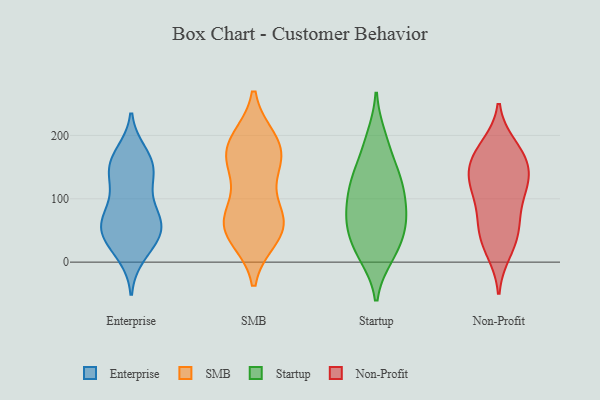
{"axis": {"x": "Gross Profit (USD K)", "y": "Value"}, "legend": ["Enterprise", "Non-Profit", "SMB", "Startup"], "data": [{"x": "", "y": 146, "type": "Enterprise"}, {"x": "", "y": 76, "type": "Enterprise"}, {"x": "", "y": 23, "type": "Enterprise"}, {"x": "", "y": 42, "type": "Enterprise"}, {"x": "", "y": 67, "type": "Enterprise"}, {"x": "", "y": 171, "type": "Enterprise"}, {"x": "", "y": 44, "type": "Enterprise"}, {"x": "", "y": 151, "type": "Enterprise"}, {"x": "", "y": 64, "type": "Enterprise"}, {"x": "", "y": 54, "type": "Enterprise"}, {"x": "", "y": 124, "type": "Enterprise"}, {"x": "", "y": 12, "type": "Enterprise"}, {"x": "", "y": 47, "type": "Enterprise"}, {"x": "", "y": 154, "type": "Enterprise"}, {"x": "", "y": 77, "type": "Enterprise"}, {"x": "", "y": 119, "type": "Enterprise"}, {"x": "", "y": 163, "type": "Enterprise"}, {"x": "", "y": 57, "type": "SMB"}, {"x": "", "y": 170, "type": "SMB"}, {"x": "", "y": 48, "type": "SMB"}, {"x": "", "y": 191, "type": "SMB"}, {"x": "", "y": 187, "type": "SMB"}, {"x": "", "y": 41, "type": "SMB"}, {"x": "", "y": 65, "type": "SMB"}, {"x": "", "y": 138, "type": "SMB"}, {"x": "", "y": 156, "type": "SMB"}, {"x": "", "y": 180, "type": "SMB"}, {"x": "", "y": 72, "type": "SMB"}, {"x": "", "y": 66, "type": "SMB"}, {"x": "", "y": 65, "type": "Startup"}, {"x": "", "y": 141, "type": "Startup"}, {"x": "", "y": 85, "type": "Startup"}, {"x": "", "y": 11, "type": "Startup"}, {"x": "", "y": 23, "type": "Startup"}, {"x": "", "y": 10, "type": "Startup"}, {"x": "", "y": 75, "type": "Startup"}, {"x": "", "y": 138, "type": "Startup"}, {"x": "", "y": 197, "type": "Startup"}, {"x": "", "y": 124, "type": "Startup"}, {"x": "", "y": 61, "type": "Startup"}, {"x": "", "y": 37, "type": "Startup"}, {"x": "", "y": 110, "type": "Startup"}, {"x": "", "y": 185, "type": "Startup"}, {"x": "", "y": 124, "type": "Startup"}, {"x": "", "y": 68, "type": "Startup"}, {"x": "", "y": 129, "type": "Non-Profit"}, {"x": "", "y": 159, "type": "Non-Profit"}, {"x": "", "y": 157, "type": "Non-Profit"}, {"x": "", "y": 184, "type": "Non-Profit"}, {"x": "", "y": 110, "type": "Non-Profit"}, {"x": "", "y": 183, "type": "Non-Profit"}, {"x": "", "y": 44, "type": "Non-Profit"}, {"x": "", "y": 129, "type": "Non-Profit"}, {"x": "", "y": 117, "type": "Non-Profit"}, {"x": "", "y": 74, "type": "Non-Profit"}, {"x": "", "y": 164, "type": "Non-Profit"}, {"x": "", "y": 61, "type": "Non-Profit"}, {"x": "", "y": 148, "type": "Non-Profit"}, {"x": "", "y": 16, "type": "Non-Profit"}, {"x": "", "y": 24, "type": "Non-Profit"}, {"x": "", "y": 109, "type": "Non-Profit"}, {"x": "", "y": 54, "type": "Non-Profit"}]}